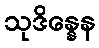
သုဒိန္နေန